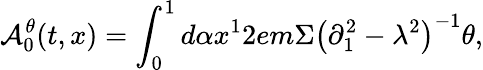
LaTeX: {\cal A}_{0}^{\theta}(t,x)=\int_{0}^{1}{d\alpha x^{1}}2em\Sigma\left({\partial_{1}^{2}-\lambda^{2}}\right)^{-1}\theta,